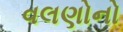
વલણોનો